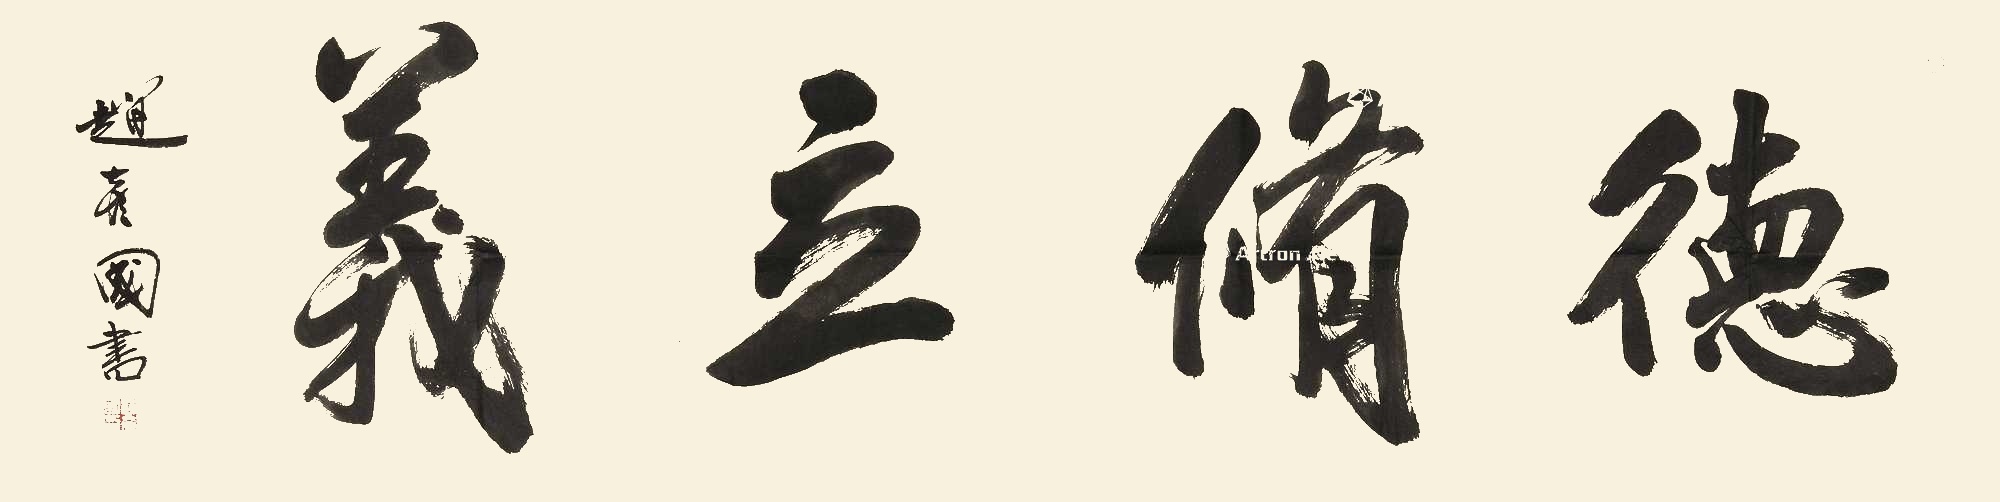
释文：德修立义赵彦国书。